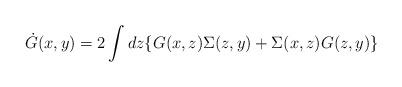
LaTeX: \begin{align*}\dot{G}(x,y) = 2 \int dz \{G(x,z) \Sigma(z,y) + \Sigma (x,z) G(z,y) \}\end{align*}